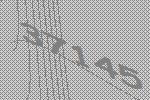
37145